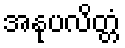
အနုပလိတ္တံ